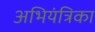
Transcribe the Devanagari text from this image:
अभियंत्रिका